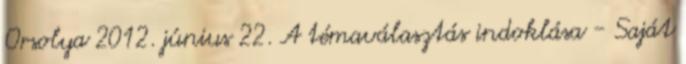
Orsolya 2012. június 22. A témaválasztás indoklása - Saját